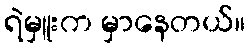
ရဲမှူးက မှာနေတယ်။